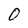
Character: 0